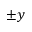
\pm y